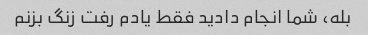
بله، شما انجام دادید فقط یادم رفت زنگ بزنم